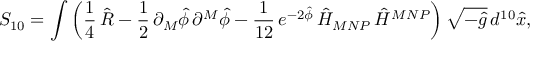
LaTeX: S _ { 1 0 } = \int \left( \frac { 1 } { 4 } \, \hat { R } - \frac { 1 } { 2 } \, \partial _ { M } \hat { \phi } \, \partial ^ { M } \hat { \phi } - \frac { 1 } { 1 2 } \, e ^ { - 2 \hat { \phi } } \, \hat { H } _ { M N P } \, \hat { H } ^ { M N P } \right) \sqrt { - \hat { g } } \, d ^ { 1 0 } \hat { x } ,